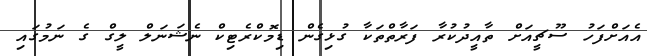
އެއަށްފަހު ސޫޗީއަށް ތާއީދުކުރާ ފަރާތްތަކާ ގުޅިގެން ޑިމޮކްރެޓިކް ނެޝަނަލް ލީގް ގެ ނަމުގައި